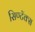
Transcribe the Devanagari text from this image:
सिण्टॅक्स